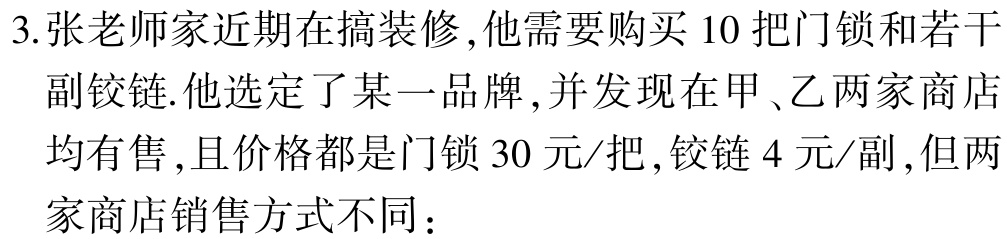
3.张老师家近期在搞装修,他需要购买 10 把门锁和若干
副铰链.他选定了某一品牌,并发现在甲、乙两家商店
均有售,且价格都是门锁 30 元/把,铰链 4 元/副,但两
家商店销售方式不同：